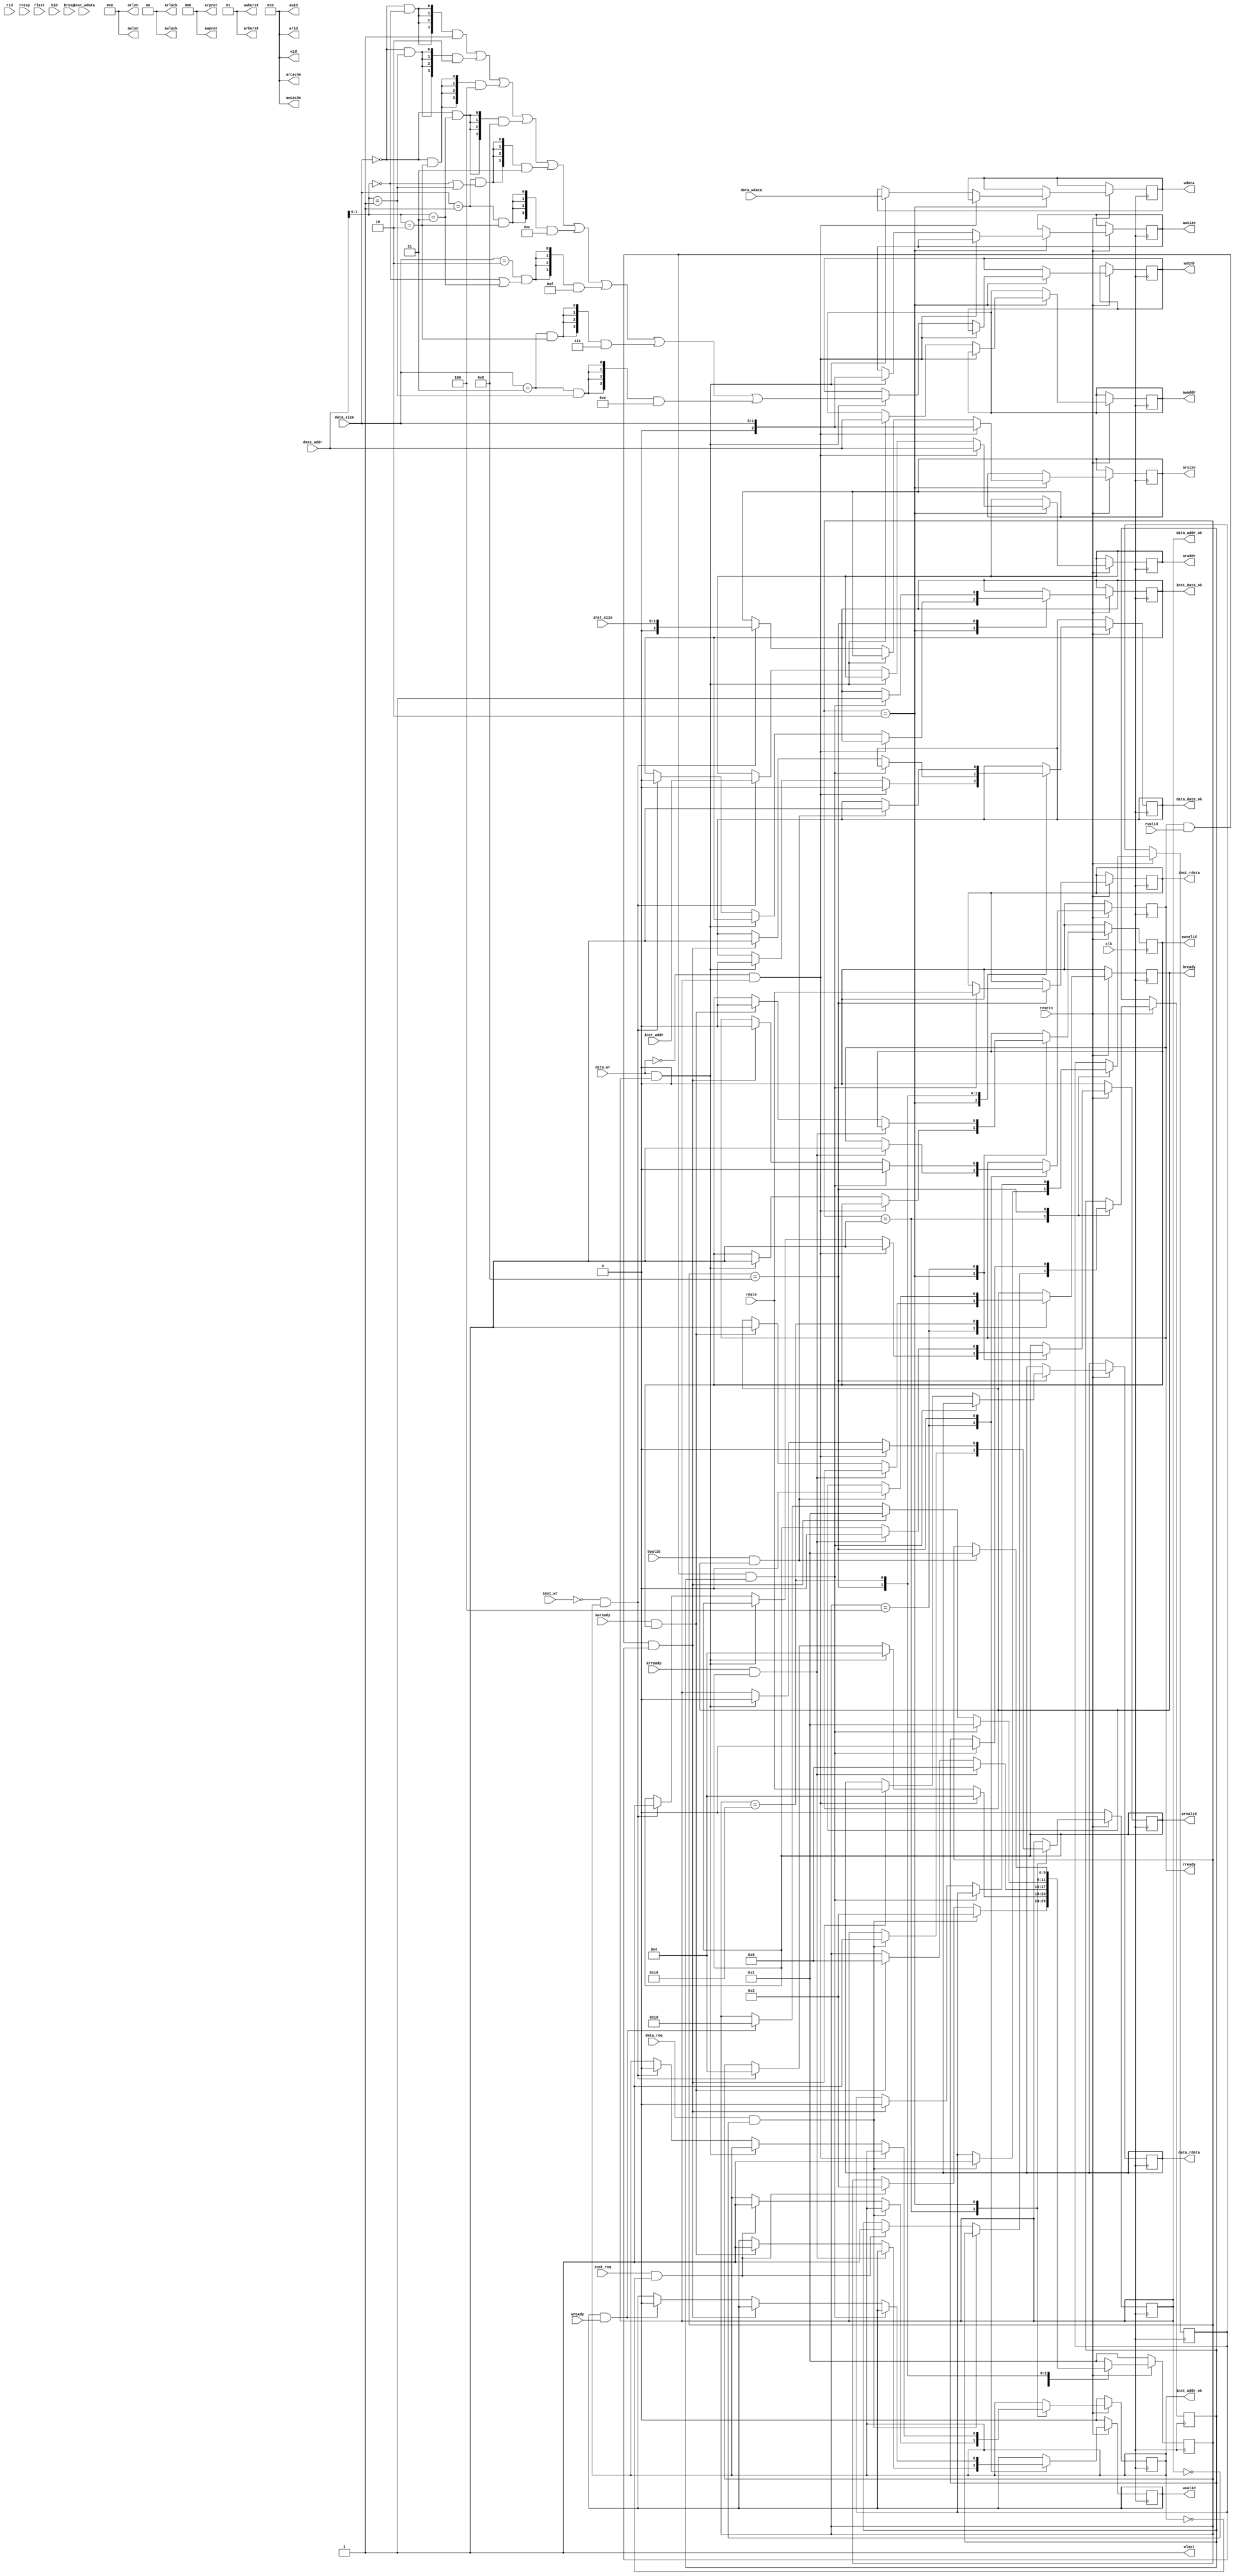
`timescale 1ns / 1ps

module cpu_axi_interface(
    input clk,
    input resetn,

    //inst sram-like
    input inst_req,
    input inst_wr,
    input [1:0] inst_size,
    input [31:0] inst_addr,
    input [31:0] inst_wdata,
    output reg inst_addr_ok,
    output reg inst_data_ok,
    output reg [31:0] inst_rdata,

    //data sram-like
    input data_req,
    input data_wr,
    input [1:0] data_size,
    input [31:0] data_addr,
    input [31:0] data_wdata,
    output reg data_addr_ok,
    output reg data_data_ok,
    output reg [31:0] data_rdata,

    //axi
    //ar
    output [3:0] arid,
    output reg [31:0] araddr,
    output [7:0] arlen,
    output reg [2:0] arsize,
    output [1:0] arburst,
    output [1:0] arlock,
    output [3:0] arcache,
    output [2:0] arprot,
    output reg arvalid,
    input arready,

    //r
    input [3:0] rid,
    input [31:0] rdata,
    input [1:0] rresp,
    input rlast,
    input rvalid,
    output reg rready,

    //aw
    output [3:0] awid,
    output reg [31:0] awaddr,
    output [7:0] awlen,
    output reg [2:0] awsize,
    output [1:0] awburst,
    output [1:0] awlock,
    output [3:0] awcache,
    output [2:0] awprot,
    output reg awvalid,
    input awready,

    //w
    output [3:0] wid,
    output reg [31:0] wdata,
    output reg [3:0] wstrb,
    output wlast,
    output reg wvalid,
    input wready,

    //b
    input [3:0] bid,
    input [1:0] bresp,
    input bvalid,
    output reg bready
);

assign arid = 4'b0;
assign arlen = 8'b0;
assign arburst = 2'b01;
assign arlock = 2'b0;
assign arcache = 4'b0;
assign arprot = 3'b0;

assign awid = 4'b0;
assign awlen = 8'b0;
assign awburst = 2'b01;
assign awlock = 2'b0;
assign awcache = 4'b0;
assign awprot = 3'b0;

assign wid = 4'b0;
assign wlast = 1'b1;

//reg [1:0] tmp_inst_size;
//reg [31:0] tmp_inst_addr;

reg [5:0] state;
reg InstEnable;
reg DataEnable;

localparam S0 = 6'b000001;
localparam S1 = 6'b000010;
localparam S2 = 6'b000100;
localparam S3 = 6'b001000;
localparam S4 = 6'b010000;
localparam S5 = 6'b100000;

always @(posedge clk) begin
    if(~resetn) begin
        state <= S0;
        data_addr_ok <= 1'b0;
        inst_addr_ok <= 1'b0;
        arvalid <= 1'b0;
        awvalid <= 1'b0;
        rready <= 1'b0;
        wvalid <= 1'b0;
        bready <= 1'b0;
    end
    else begin
        case (state)
            S0: begin
                    if (data_req == 1'b1 && data_addr_ok == 1'b0) begin
                        DataEnable <= 1'b1;
                        data_addr_ok <= 1'b1;
                        state <= S1;
                    end
                    else if (inst_req == 1'b1 && inst_addr_ok == 1'b0) begin
                        InstEnable <= 1'b1;
                        inst_addr_ok <= 1'b1;
                        state <= S1;
                    end
                end
            S1: begin
                    if (data_wr == 1'b0 && data_addr_ok == 1'b1) begin
                        araddr <= data_addr;
                        arsize <= {1'b0, data_size};
                        arvalid <= 1'b1;
                        data_data_ok <= 1'b0;
                        data_addr_ok <= 1'b0;
                        state <= S2;
                    end
                    else if (data_wr == 1'b1 && data_addr_ok == 1'b1) begin
                        awaddr <= data_addr;
                        awsize <= {1'b0, data_size};
                        wdata <= data_wdata;
                        awvalid <= 1'b1;
                        data_data_ok <= 1'b0;
                        data_addr_ok <= 1'b0;
                        wstrb <= {4{(data_size == 2'b0 && data_addr[1:0] == 2'b0)}} & 4'b1 | 
                                 {4{(data_size == 2'b0 && data_addr[1:0] == 2'b1)}} & 4'b10 | 
                                 {4{(data_size == 2'b0 && data_addr[1:0] == 2'b10)}} & 4'b100 |
                                 {4{(data_size == 2'b0 && data_addr[1:0] == 2'b11)}} & 4'b1000 |
                                 {4{(data_size == 2'b1 && (data_addr[1:0] == 2'b0 || data_addr[1:0] == 2'b1))}} & 4'b11 |
                                 {4{(data_size == 2'b1 && data_addr[1:0] == 2'b10)}} & 4'b1100 |
                                 {4{(data_size == 2'b10 && (data_addr[1:0] == 2'b0 || data_addr[1:0] == 2'b11))}} & 4'b1111 |
                                 {4{(data_size == 2'b11 && data_addr[1:0] == 2'b10)}} & 4'b0111 |
                                 {4{(data_size == 2'b11 && data_addr[1:0] == 2'b1)}} & 4'b1110;
                        state <= S2;
                    end
                    else if (inst_wr == 1'b0 && inst_addr_ok == 1'b1) begin
                        araddr <= inst_addr;
                        arsize <= {1'b0, inst_size};
                        arvalid <= 1'b1;
                        inst_data_ok <= 1'b0;
                        inst_addr_ok <= 1'b0;
                        state <= S2;
                    end
                end
            S2: begin
                    if (arready == 1'b1 && arvalid == 1'b1) begin
                        arvalid <= 1'b0;
                        rready <= 1'b1;
                        state <= S3;
                    end
                    else if (awready == 1'b1 && awvalid == 1'b1) begin
                        awvalid <= 1'b0;
                        wvalid <= 1'b1;
                        bready <= 1'b1;
                        state <= S3;
                    end
                end
            S3: begin
                    if (rready == 1'b1 && rvalid == 1'b1 && InstEnable) begin
                        inst_rdata <= rdata;
                        rready <= 1'b0;
                        inst_data_ok <= 1'b1;
                        InstEnable <= 1'b0;
                        state <= S0;
                    end
                    else if (rready == 1'b1 && rvalid == 1'b1 && DataEnable) begin
                        data_rdata <= rdata;
                        rready <= 1'b0;
                        data_data_ok <= 1'b1;
                        DataEnable <= 1'b0;
                        state <= S0;
                    end
                    else if (wvalid == 1'b1 && wready == 1'b1) begin
                        wvalid <= 1'b0;
                        state <= S4;
                    end
                end
            S4: begin
                    if (bvalid == 1'b1 && bready == 1'b1) begin
                        bready <= 1'b0;
                        data_data_ok <= 1'b1;
                        state <= S0;
                    end
                end
            default: begin 
                        state <= S0;
                     end 
        endcase
    end
end 

endmodule